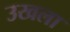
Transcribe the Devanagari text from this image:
उखला